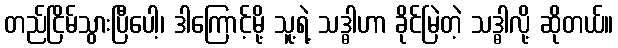
တည်ငြိမ်သွားပြီပေါ့၊ ဒါကြောင့်မို့ သူ့ရဲ့ သဒ္ဓါဟာ ခိုင်မြဲတဲ့ သဒ္ဓါလို့ ဆိုတယ်။